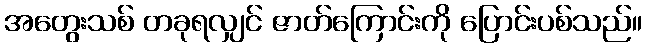
အတွေးသစ် တခုရလျှင် ဇာတ်ကြောင်းကို ပြောင်းပစ်သည်။